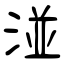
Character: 湴